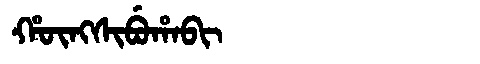
Manchu: ᡥᡡᠩᠰᡳᠪᡠᡥᠠᠪᡳ
Romanization: HŪNGSIBUHABI